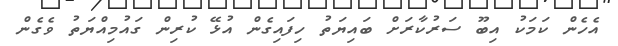
އެހެން ކަމަކު އިބޫ ސަރުކާރަށް ބައިޔަތު ހިފައިގެން އުޅޭ ކުރިން ގައުމިއްޔަތު ވެގެން